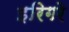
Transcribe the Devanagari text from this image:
इरिगरे